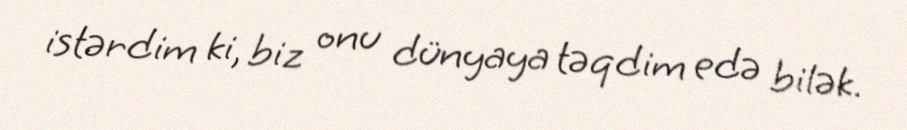
istərdim ki, biz onu dünyaya təqdim edə bilək.